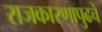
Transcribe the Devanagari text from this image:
राजकारणापुढचे